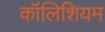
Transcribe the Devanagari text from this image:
कॉलिशियम